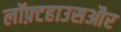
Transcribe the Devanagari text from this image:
लॉफ़्टहाउसऔर